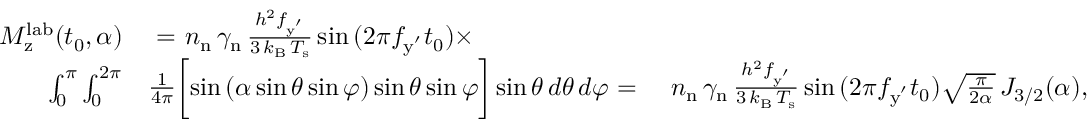
\begin{array} { r l r } { M _ { \mathrm { z } } ^ { \mathrm { l a b } } ( { t _ { 0 } , \alpha } ) } & { ~ { = } ~ n _ { \mathrm { n } } \, \gamma _ { \mathrm { n } } \, \frac { h ^ { 2 } f _ { \mathrm { y ^ { ' } } } } { 3 \, k _ { \mathrm { B } } \, T _ { \mathrm { s } } } \sin { ( 2 \pi f _ { \mathrm { y ^ { ' } } } t _ { 0 } ) } \times } \\ { \int _ { 0 } ^ { \pi } \int _ { 0 } ^ { 2 \pi } } & { \frac { 1 } { 4 \pi } \biggl [ \sin { ( \alpha \sin { \theta } \sin { \varphi } ) } \sin { \theta } \sin { \varphi } \biggr ] \sin { \theta } \, d \theta \, d \varphi \ { = } ~ } & { n _ { \mathrm { n } } \, \gamma _ { \mathrm { n } } \, \frac { h ^ { 2 } f _ { \mathrm { y ^ { ' } } } } { 3 \, k _ { \mathrm { B } } \, T _ { \mathrm { s } } } \sin { ( 2 \pi f _ { \mathrm { y ^ { ' } } } t _ { 0 } ) } \sqrt { \frac { \pi } { 2 \alpha } } \, J _ { 3 / 2 } ( \alpha ) , } \end{array}